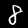
Digit: 8